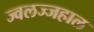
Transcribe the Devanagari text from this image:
ज्वलज्जहाल